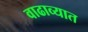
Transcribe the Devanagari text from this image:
वाढाव्यात